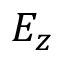
E _ { z }